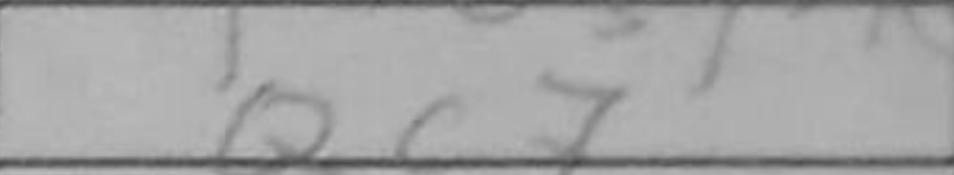
Transcription: Qc7